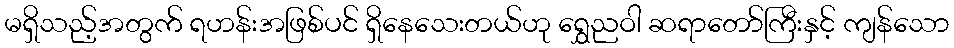
မရှိသည့်အတွက် ရဟန်းအဖြစ်ပင် ရှိနေသေးတယ်ဟု ရွှေညဝါ ဆရာတော်ကြီးနှင့် ကျန်သော